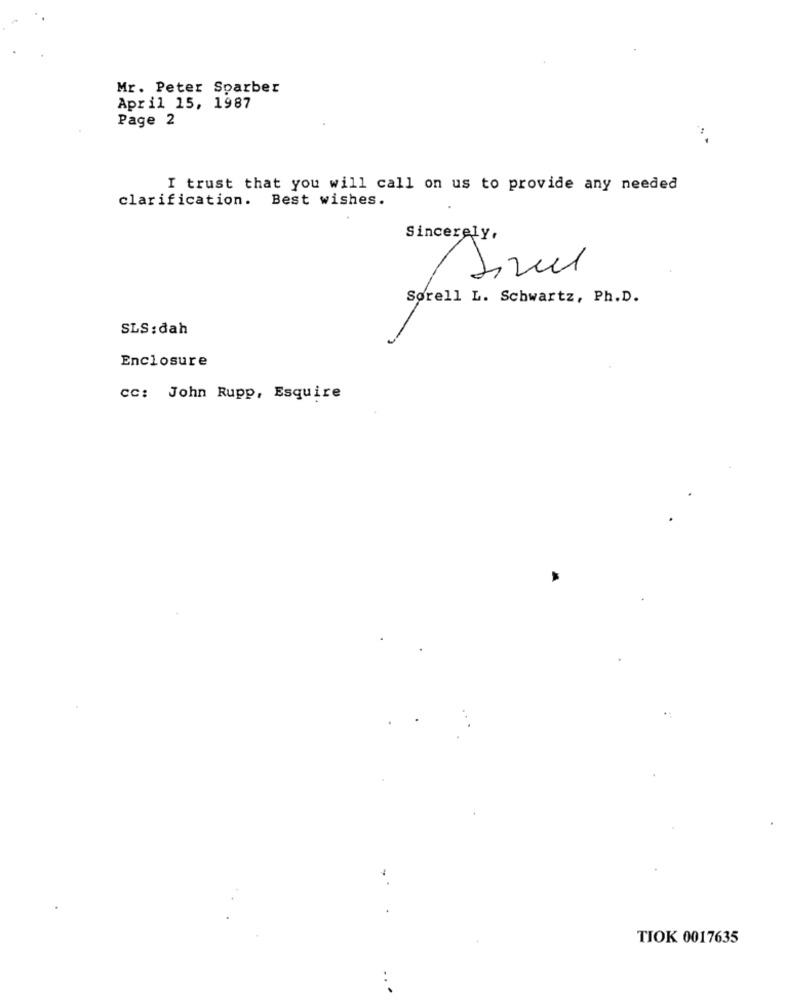
Mr. Peter Sparber
April 15, 1987
Page 2
I trust that you will call on us to provide any needed
clarification.
Best wishes.
Sincerely,
Sorell L. Schwartz, Ph.D.
SLS: dah
Enclosure
cc: John Rupp, Esquire
TIOK 0017635